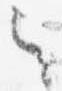
之